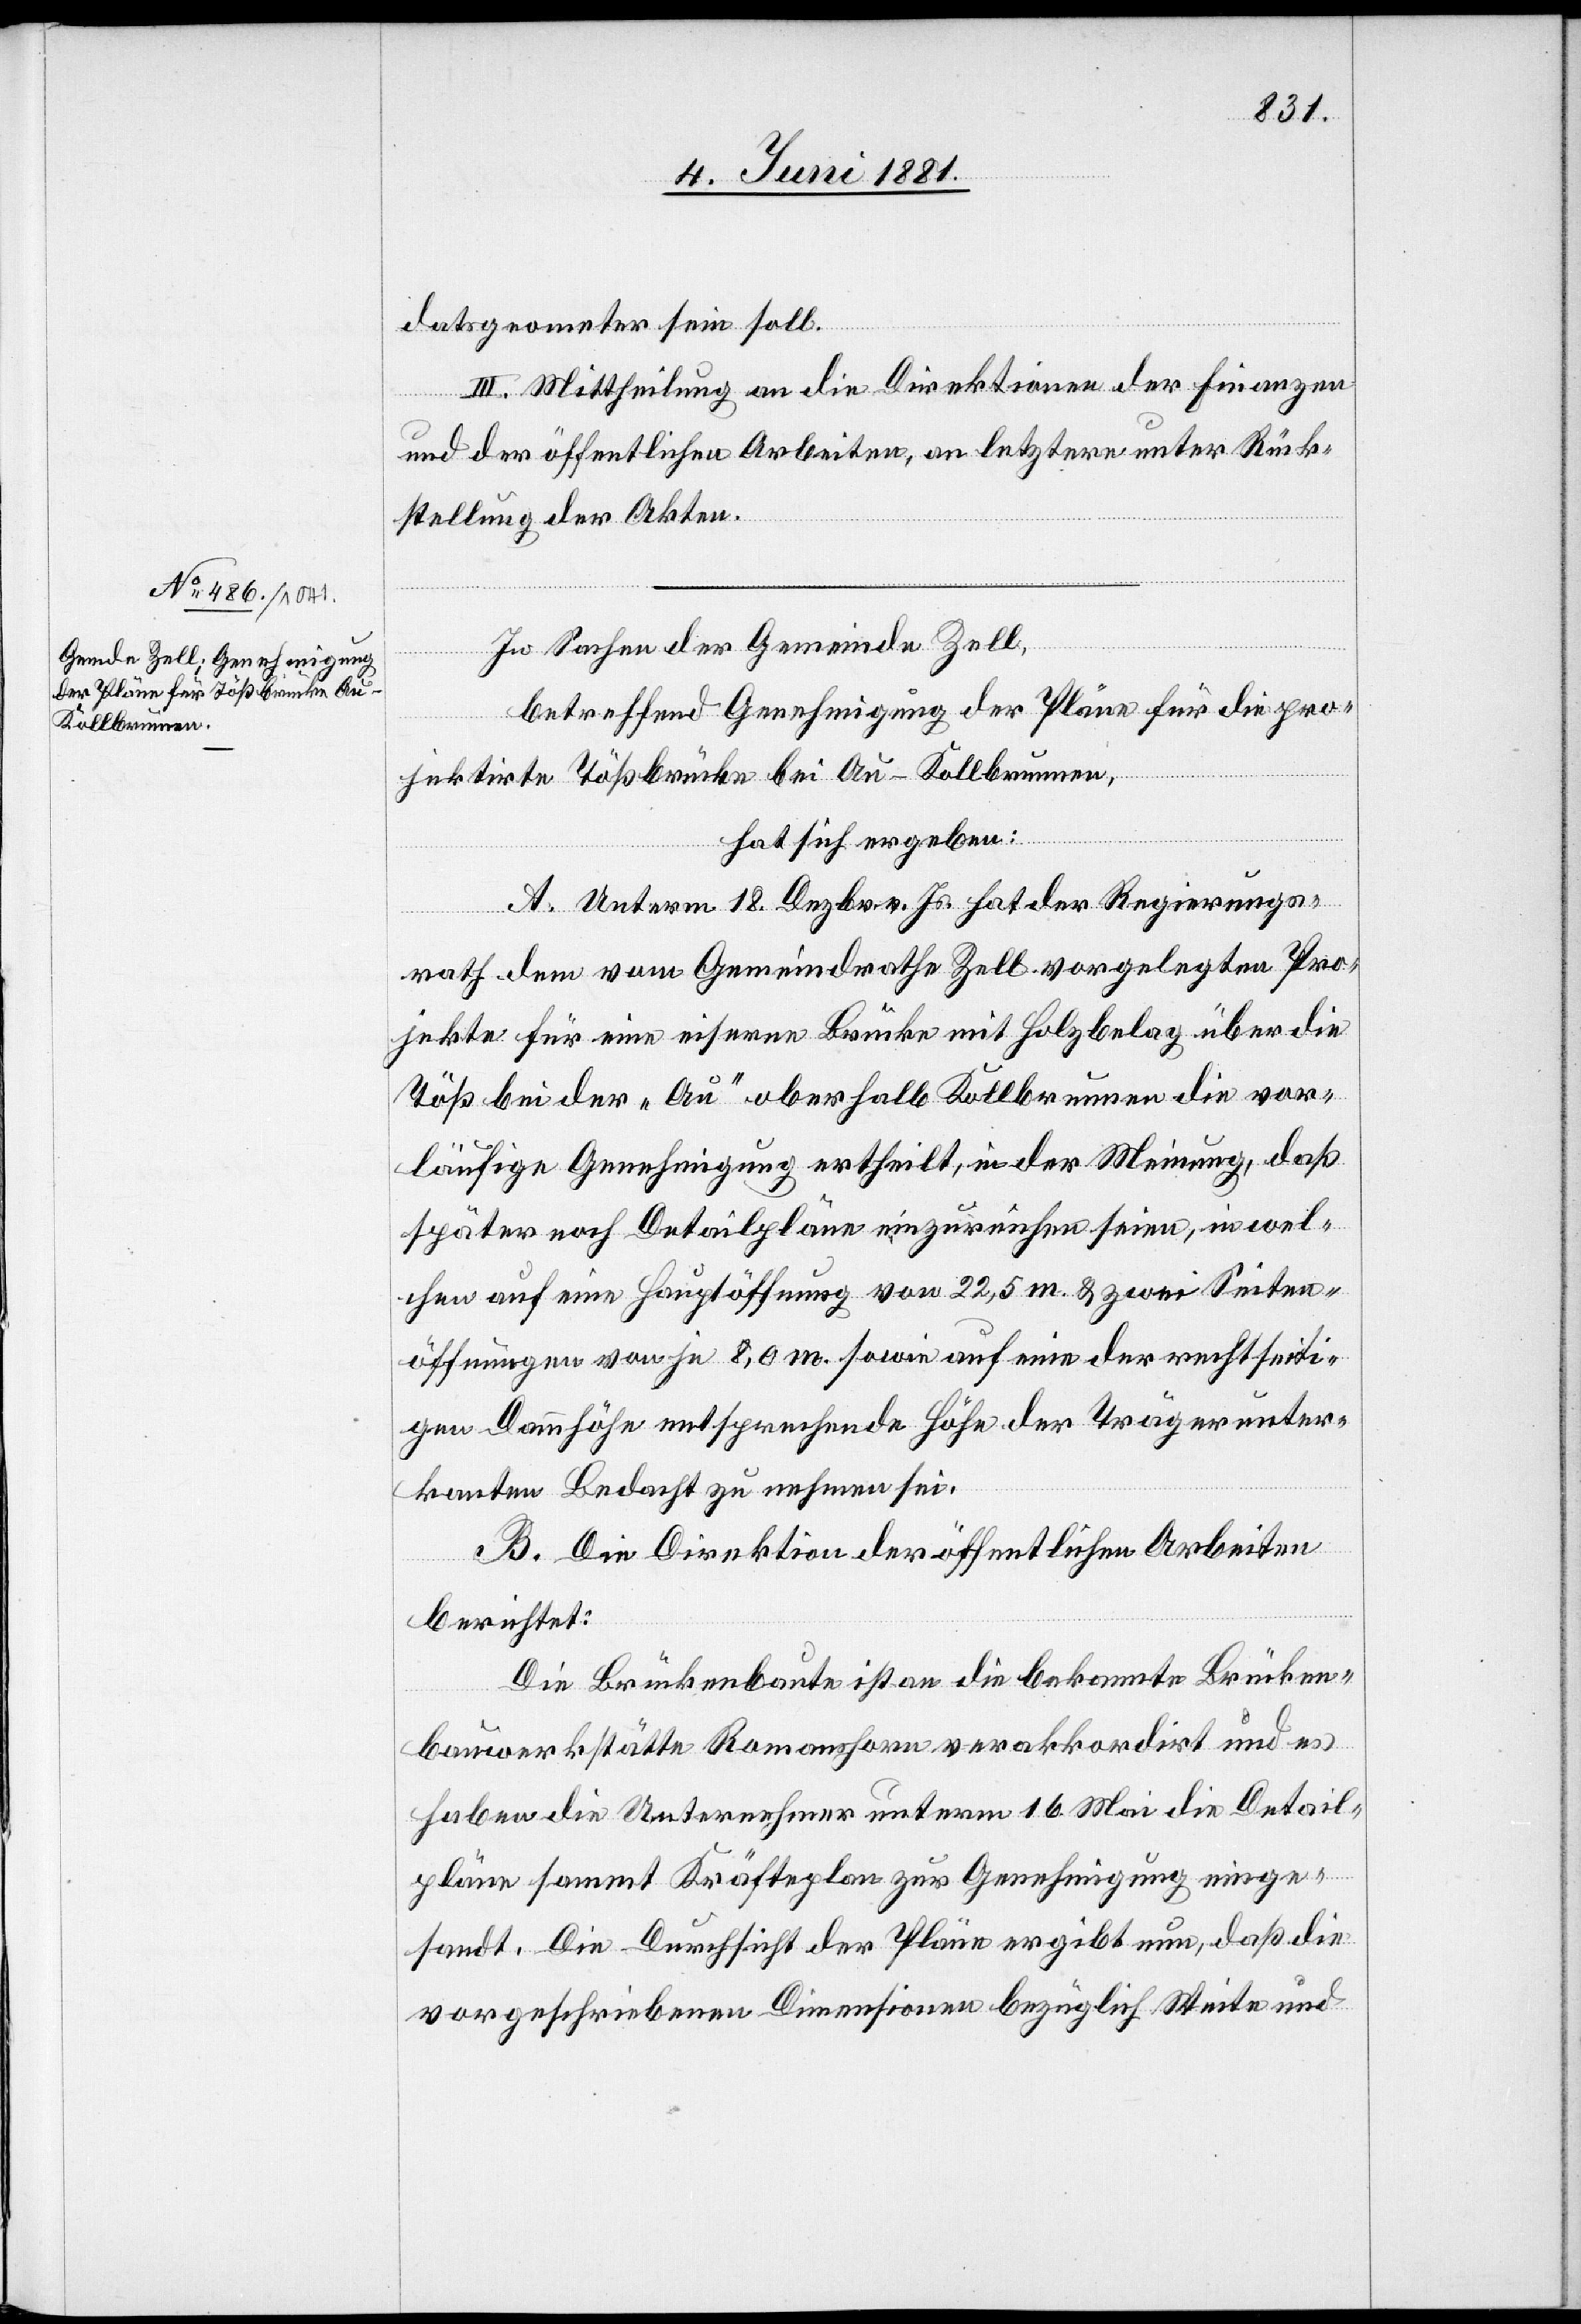
datsgeometer sein soll.
III. Mittheilung an die Direktion der Finanzen
und der öffentlichen Arbeiten, an letztere unter Rück¬
stellung der Akten.
In Sachen der Gemeinde Zell,
betreffend Genehmigung der Pläne für die pro¬
jektirte Tößbrücke bei Au - Kollbrunnen,
hat sich ergeben:
A. Unterm 18. Dezbr. v. Js. hat der Regierungs¬
rath dem vom Gemeindrathe Zell vorgelegten Pro¬
jekte für eine eiserne Brücke mit Holzbelag über die
Töß bei der „Au“ oberhalb Kollbrunnen die vor¬
läufige Genehmigung ertheilt, in der Meinung, daß
später noch Detailpläne einzureichen seien, in wel¬
chen auf eine Hauptöffnung von 22,5 m & zwei Seiten¬
öffnungen von je 8,0 m sowie auf eine der rechtseiti¬
gen Dammhöhe entsprechende Höhe der Trägerunter¬
kanten Bedacht zu nehmen sei.
B. Die Direktion der öffentlichen Arbeiten
berichtet:
Die Brückenbaute ist an die bekannte Brücken¬
bauwerkstätte Romanshorn verakkordirt und es
haben die Unternehmer unterm 16. Mai die Detail¬
pläne sammt Kräfteplan zur Genehmigung einge¬
sandt. Die Durchsicht der Pläne ergibt nun, daß die
vorgeschriebenen Dimensionen bezüglich Weite und